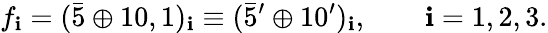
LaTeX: f_{\mathbf{i}}=(\bar{{5}}\oplus10,1)_{\mathbf{i}}\equiv(\bar{{5}}^{\prime}\oplus10^{\prime})_{\mathbf{i}},\qquad\mathbf{i}=1,2,3.